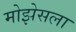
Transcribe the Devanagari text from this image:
मोझेसला